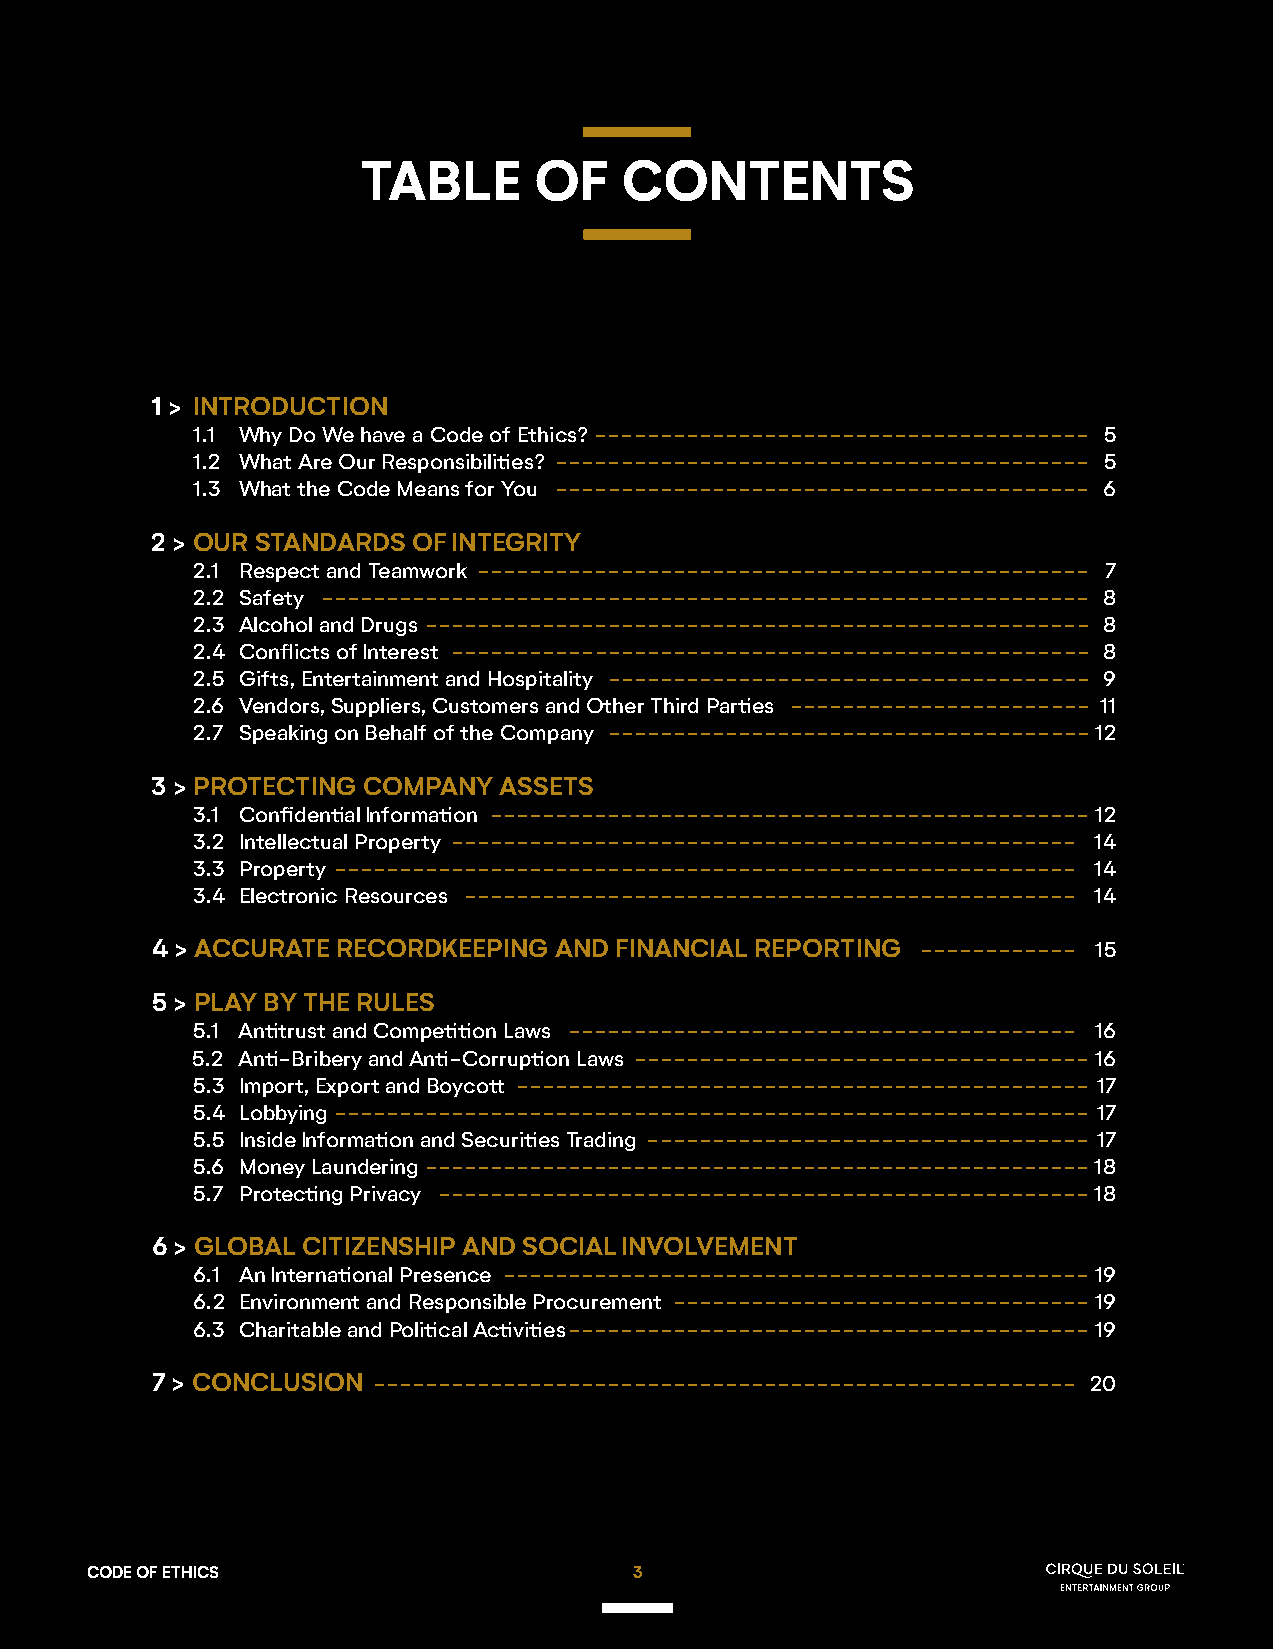
TABLE      OF    CONTENTS
 1 > INTRODUCTION
 1.1 Why Do We have a Code of Ethics? -------------------------------------- 5
 1.2 What Are Our Responsibilities? ----------------------------------------- 5
 1.3 What the Code Means for You ----------------------------------------- 6
 2 > OUR STANDARDS OF INTEGRITY
 2.1 Respect and Teamwork ----------------------------------------------- 7
 2.2 Safety ----------------------------------------------------------- 8
 2.3 Alcohol and Drugs --------------------------------------------------- 8
 2.4 Conflicts of Interest ------------------------------------------------- 8
 2.5 Gifts, Entertainment and Hospitality ------------------------------------- 9
 2.6 Vendors, Suppliers, Customers and Other Third Parties ----------------------- 11
 2.7 Speaking on Behalf of the Company ------------------------------------- 12
 3 > PROTECTING COMPANY ASSETS
 3.1 Confidential Information ---------------------------------------------- 12
 3.2 Intellectual Property ------------------------------------------------ 14
 3.3 Property --------------------------------------------------------- 14
 3.4 Electronic Resources ----------------------------------------------- 14
 4 > ACCURATE RECORDKEEPING AND FINANCIAL REPORTING ------------ 15
 5 > PLAY BY THE RULES
 5.1 Antitrust and Competition Laws --------------------------------------- 16
 5.2 Anti-Bribery and Anti-Corruption Laws ----------------------------------- 16
 5.3 Import, Export and Boycott -------------------------------------------- 17
 5.4 Lobbying ---------------------------------------------------------- 17
 5.5 Inside Information and Securities Trading ---------------------------------- 17
 5.6 Money Laundering ---------------------------------------------------18
 5.7 Protecting Privacy --------------------------------------------------18
 6 > GLOBAL CITIZENSHIP AND SOCIAL INVOLVEMENT
 6.1 An International Presence --------------------------------------------- 19
 6.2 Environment and Responsible Procurement -------------------------------- 19
 6.3 Charitable and Political Activities ---------------------------------------- 19
 7 > CONCLUSION ------------------------------------------------------ 20
 CODE OF ETHICS                      3